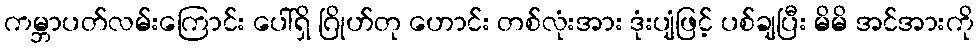
ကမ္ဘာပတ်လမ်းကြောင်း ပေါ်ရှိ ဂြိုဟ်တု ဟောင်း တစ်လုံးအား ဒုံးပျံဖြင့် ပစ်ချပြီး မိမိ အင်အားကို